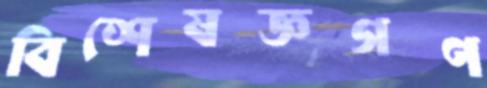
বিশেষজ্ঞগণ